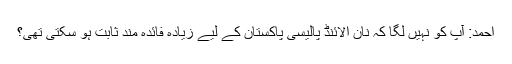
احمد: آپ کو نہیں لگا کہ نان الائنڈ پالیسی پاکستان کے لیے زیادہ فائدہ مند ثابت ہو سکتی تھی؟